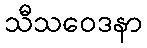
သီသဝေဒနာ